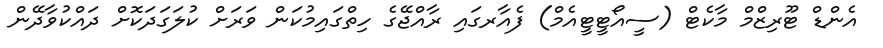
އެންޑް ޓޫރިޒްމް މާކެޓް (ސީއޯޓީޓީއެމް) ފެއާރގައި ރާއްޖޭގެ ހިތްގައިމުކަން ވަރަށް ކުލަގަދަކޮށް ދައްކުވާދޭން